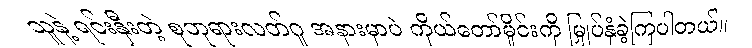
သူနဲ့ ရင်းနှီးတဲ့ စုဘုရားလတ်ဂူ အနားမှာပဲ ကိုယ်တော်မှိုင်းကို မြှုပ်နှံခဲ့ကြပါတယ်။